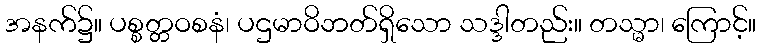
အနက်၌။ ပစ္စတ္တဝစနံ၊ ပဌမာဝိဘတ်ရှိသော သဒ္ဒါတည်း။ တသ္မာ၊ ကြောင့်။